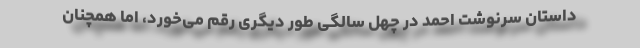
داستان سرنوشت احمد در چهل سالگی طور دیگری رقم می‌خورد، اما همچنان